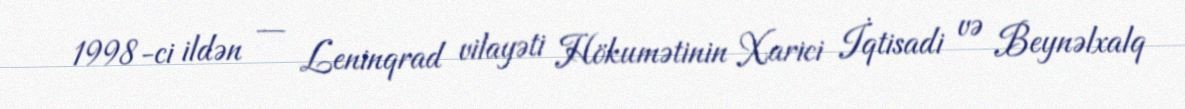
1998-ci ildən — Leninqrad vilayəti Hökumətinin Xarici İqtisadi və Beynəlxalq